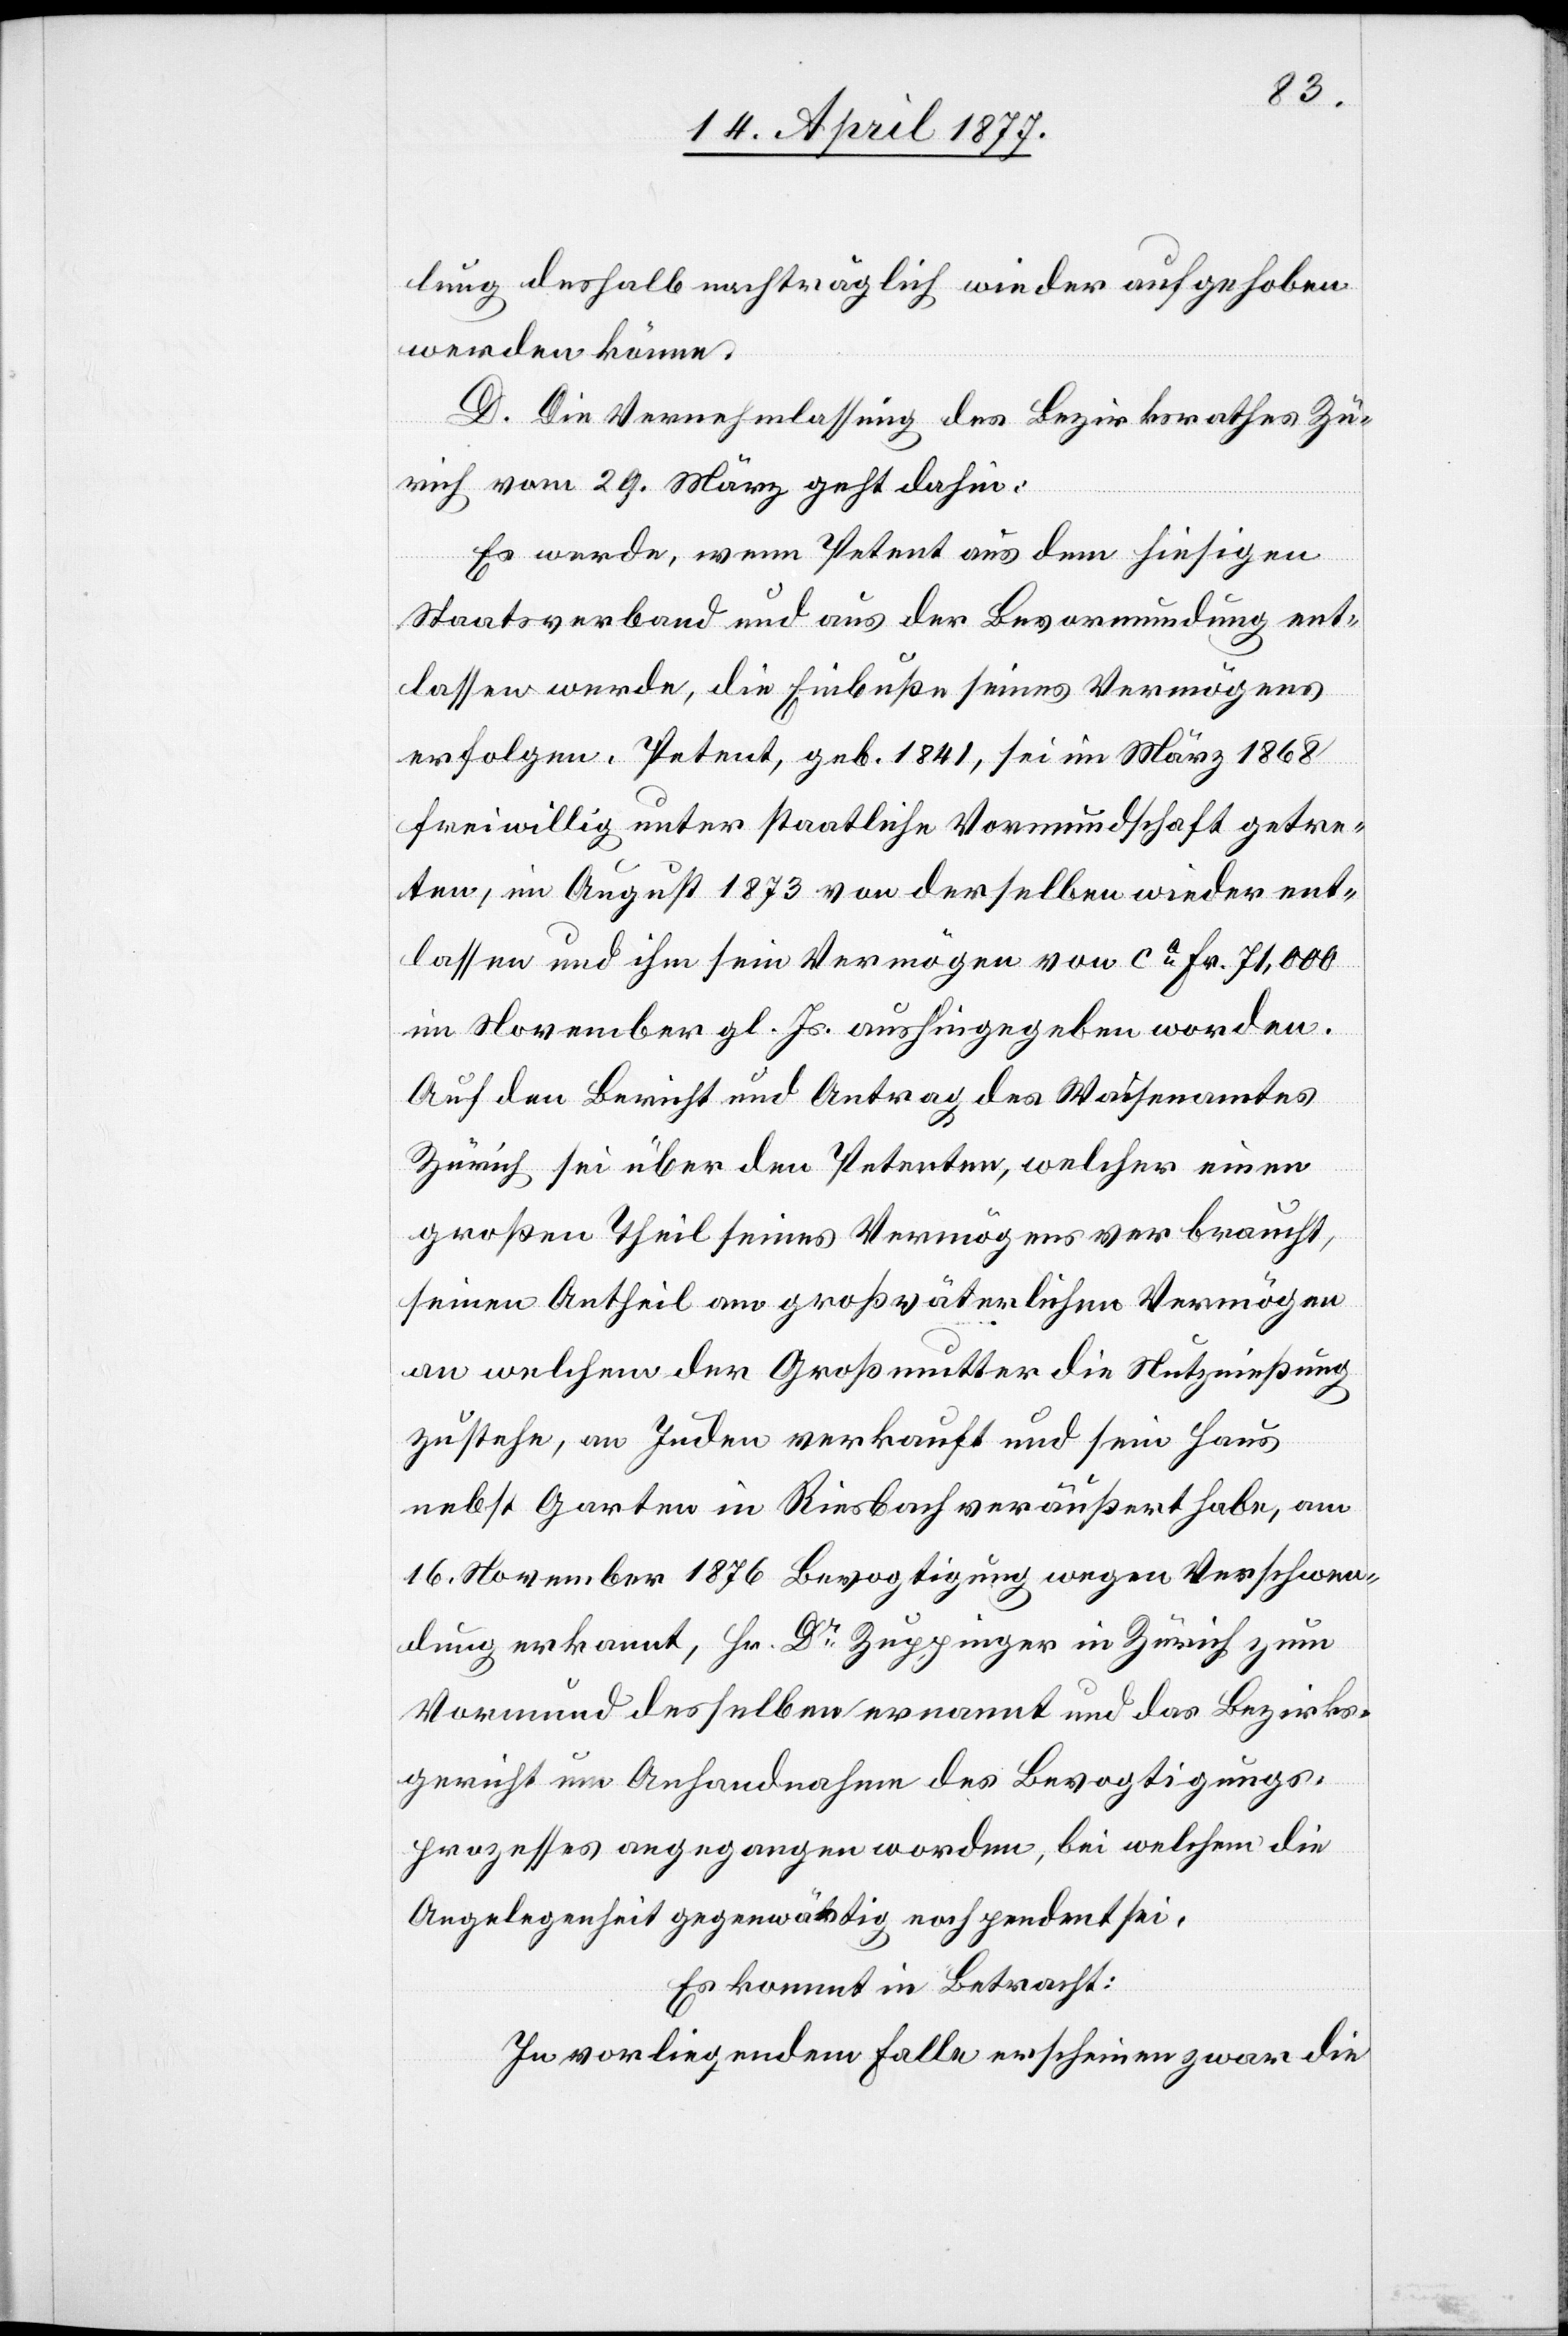
lung deshalb nachträglich wieder aufgehoben
werden könne.
D. Die Vernehmlassung des Bezirksrathes Zü¬
rich vom 29. März geht dahin:
Es werde, wenn Petent aus dem hiesigen
Staatsverband und aus der Bevormundung ent¬
lassen werde, die Einbuße seines Vermögens
erfolgen. Petent, geb. 1841, sei im März 1868
freiwillig unter staatliche Vormundschaft getre¬
ten, im August 1873 von derselben wieder ent¬
lassen und ihm sein Vermögen von ca Fr. 71,000
im November gl. Js. aushingegeben worden.
Auf den Bericht und Antrag des Waisenamtes
Zürich sei über den Petenten, welcher einen
großen Theil seines Vermögens verbraucht,
seinen Antheil am großväterlichen Vermögen
an welchem der Großmutter die Nutznießung
zustehe, an Juden verkauft und sein Haus
nebst Garten in Riesbach veräußert habe, am
16. November 1876 Bevogtigung wegen Verschwen¬
dung erkannt, Hr. Dr Zuppinger in Zürich zum
Vormund desselben ernannt und das Bezirks¬
gericht um Anhandnahme des Bevogtigungs¬
prozesses angegangen worden, bei welchem die
Angelegenheit gegenwärtig noch pendent sei.
Es kommt in Betracht:
In vorliegendem Falle erscheinen zwar die